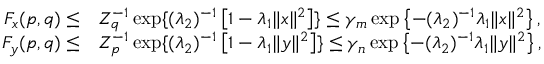
\begin{array} { r l } { F _ { x } ( p , q ) \leq } & { Z _ { q } ^ { - 1 } \exp \{ ( \lambda _ { 2 } ) ^ { - 1 } \left[ 1 - \lambda _ { 1 } \| x \| ^ { 2 } \right] \} \leq \gamma _ { m } \exp \left\{ - ( \lambda _ { 2 } ) ^ { - 1 } \lambda _ { 1 } \| x \| ^ { 2 } \right\} , } \\ { F _ { y } ( p , q ) \leq } & { Z _ { p } ^ { - 1 } \exp \{ ( \lambda _ { 2 } ) ^ { - 1 } \left[ 1 - \lambda _ { 1 } \| y \| ^ { 2 } \right] \} \leq \gamma _ { n } \exp \left\{ - ( \lambda _ { 2 } ) ^ { - 1 } \lambda _ { 1 } \| y \| ^ { 2 } \right\} , } \end{array}